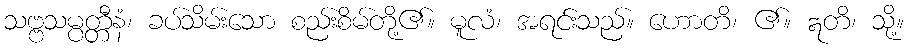
သဗ္ဗသမ္ပတ္တီနံ၊ ခပ်သိမ်းသော စည်းစိမ်တို့၏။ မူလံ၊ အရင်းသည်။ ဟောတိ၊ ၏။ ဣတိ၊ သို့။